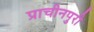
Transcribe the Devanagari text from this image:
प्राचीनपुरी